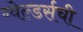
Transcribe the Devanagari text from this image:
ग्वेल्डर्सची